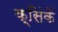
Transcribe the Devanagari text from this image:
क्सिंकैं